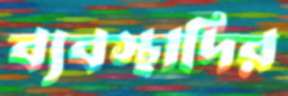
ব্যবস্থাদির